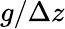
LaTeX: g/\Delta z